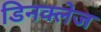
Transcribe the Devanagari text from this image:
डिनक्लेज